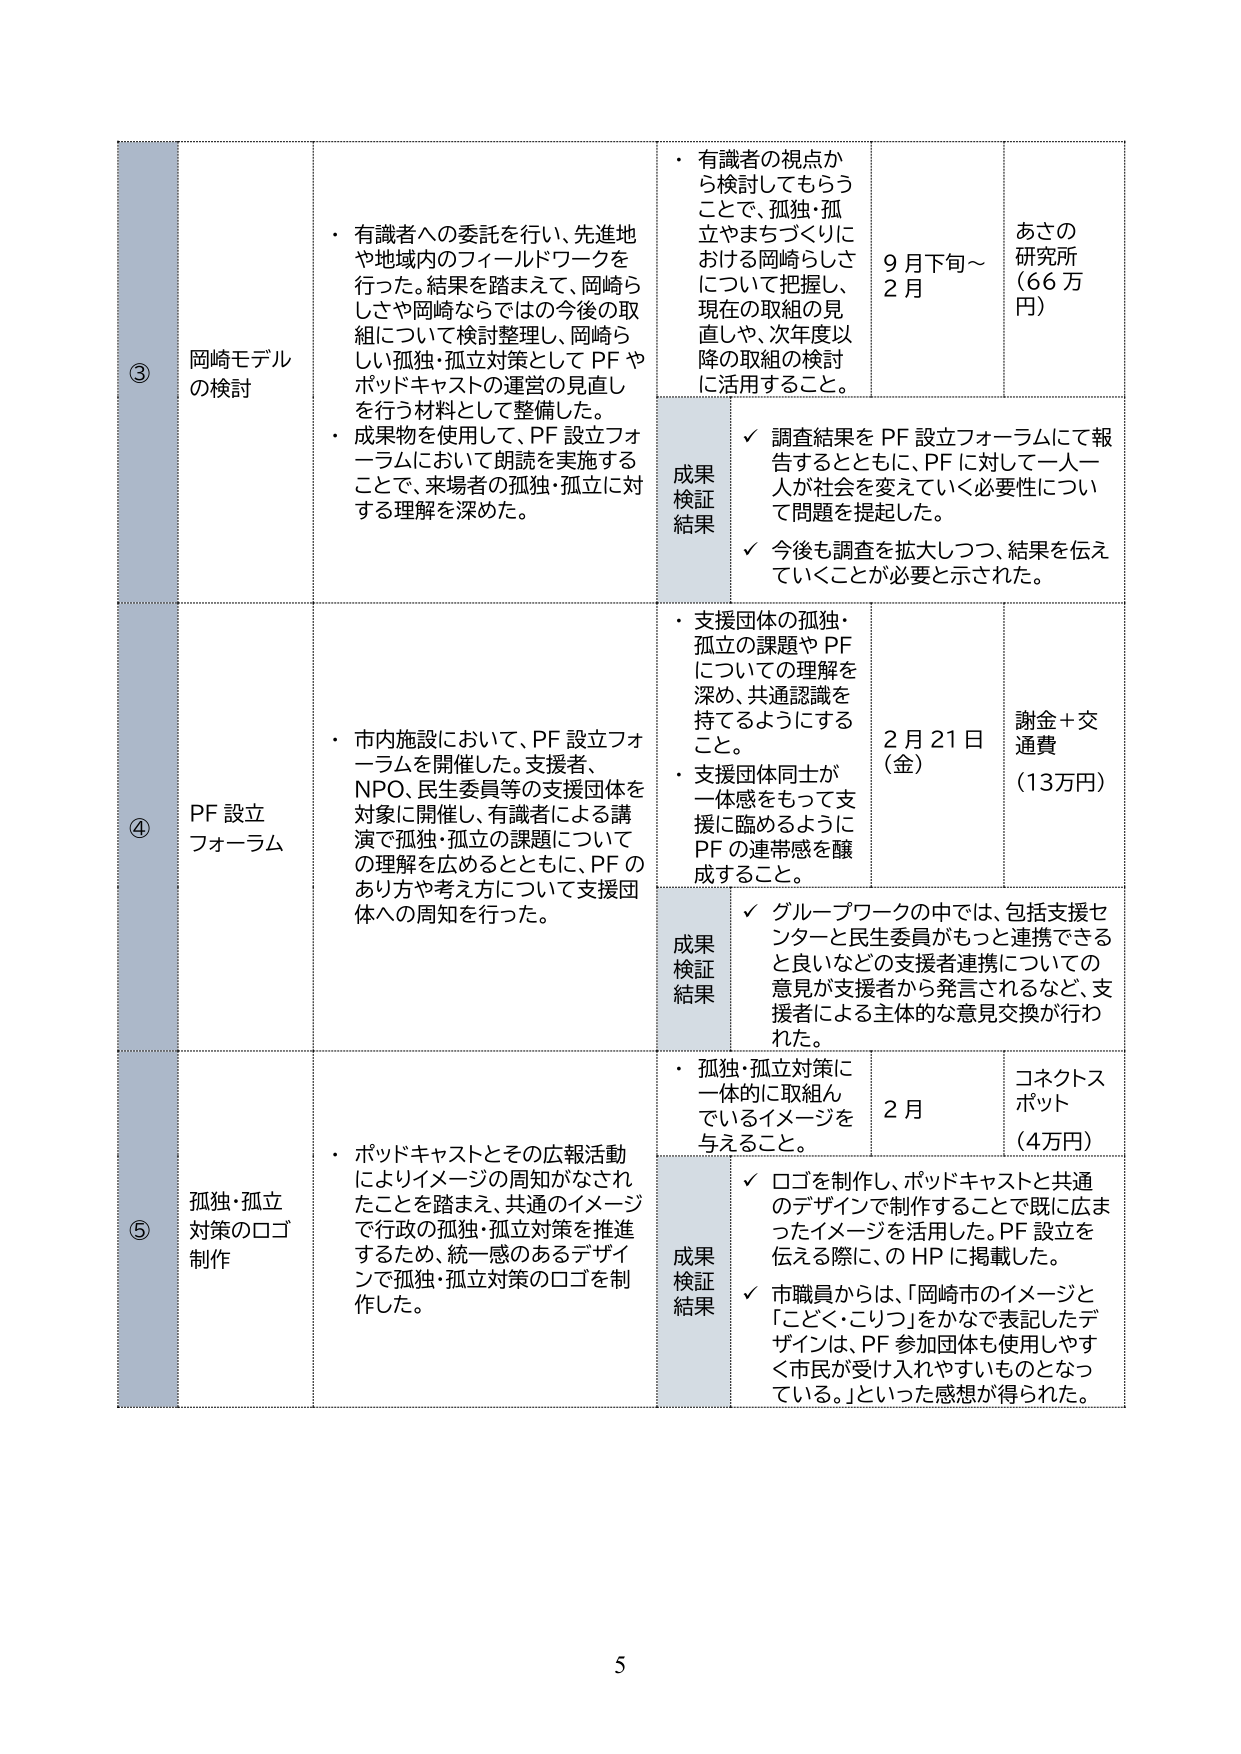
③ 岡崎モデルの検討
・有識者への委託を行い、先進地や地域内のフィールドワークを行った。結果を踏まえて、岡崎らしさや岡崎ならではの今後の取組について検討整理し、岡崎らしい孤独・孤立対策としてPFやポッドキャストの運営の見直しを行う材料として整備した。
・成果物を使用して、PF設立フォーラムにおいて朗読を実施することで、来場者の孤独・孤立に対する理解を深めた。

・有識者の視点から検討してもらうことで、孤独・孤立やまちづくりにおける岡崎らしさについて把握し、現在の取組の見直しや、次年度以降の取組の検討に活用すること。
9月下旬～2月
あさの研究所（66万円）

成果検証結果
✓ 調査結果をPF設立フォーラムにて報告するとともに、PFに対して一人一人が社会を変えていく必要性について問題を提起した。
✓ 今後も調査を拡大しつつ、結果を伝えていくことが必要と示された。

④ PF設立フォーラム
・市内施設において、PF設立フォーラムを開催した。支援者、NPO、民生委員等の支援団体を対象に開催し、有識者による講演で孤独・孤立の課題についての理解を広めるとともに、PFのあり方や考え方について支援団体への周知を行った。

・支援団体の孤独・孤立の課題やPFについての理解を深め、共通認識を持てるようにすること。
・支援団体同士が一体感をもって支援に臨めるようにPFの連帯感を醸成すること。
2月21日（金）
謝金＋交通費（13万円）

成果検証結果
✓ グループワークの中では、包括支援センターと民生委員がもっと連携できると良いなどの支援者連携についての意見が支援者から発言されるなど、支援者による主体的な意見交換が行われた。

⑤ 孤独・孤立対策のロゴ制作
・ポッドキャストとその広報活動によりイメージの周知がなされたことを踏まえ、共通のイメージで行政の孤独・孤立対策を推進するため、統一感のあるデザインで孤独・孤立対策のロゴを制作した。

・孤独・孤立対策に一体的に取組んでいるイメージを与えること。
2月
コネクトスポット（4万円）

成果検証結果
✓ ロゴを制作し、ポッドキャストと共通のデザインで制作することで既に広まったイメージを活用した。PF設立を伝える際に、のHPに掲載した。
✓ 市職員からは、「岡崎市のイメージと「こどく・こりつ」をかなで表記したデザインは、PF参加団体も使用しやすく市民が受け入れやすいものとなっている。」といった感想が得られた。

5